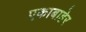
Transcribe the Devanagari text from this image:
एकाबाहेर